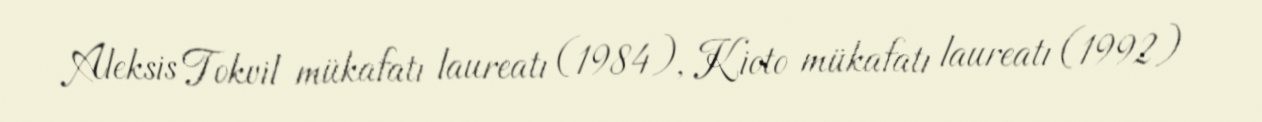
Aleksis Tokvil mükafatı laureatı (1984), Kioto mükafatı laureatı (1992)